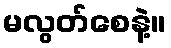
မလွတ်စေနဲ့။